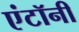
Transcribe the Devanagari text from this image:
एंटॉनी